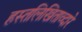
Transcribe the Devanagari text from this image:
हस्तलिखिताव्दारे